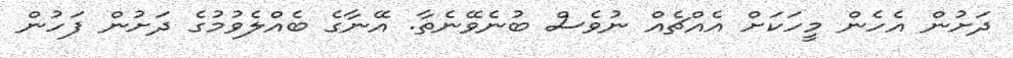
ދަށުން އެހެން މީހަކަށް އެއްޗެއް ނުވެސް ބުނެވޭނެތާ. އޭނާގެ ބެއްލެވުމުގެ ދަށުން ފަހުން